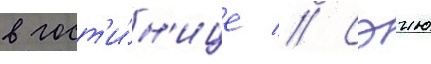
в гост'и́н'ице // Сэию